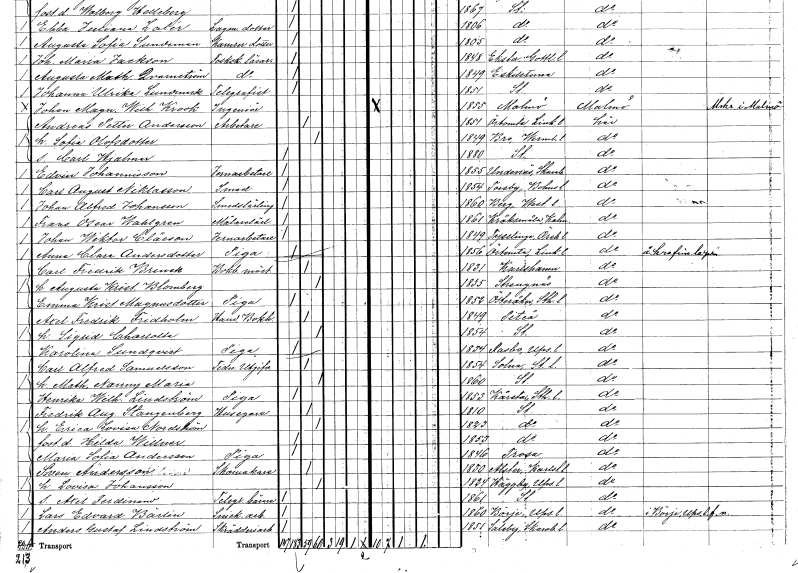
gt_parse: households: individuals: FN: Johan Alfred
EN: Johansson
YRKE: Smedslärling
KON: M
CIV: O
FODAR: 1860
FODFORS: Berg Västmanlands län
FN: Frans Oscar
EN: Wahlgren
YRKE: Målarelärling
KON: M
CIV: O
FODAR: 1861
FODFORS: Kråksmåla Kalmar län
FN: Johan Wiktor
EN: Cläeson
YRKE: Järnarbetare
KON: M
CIV: O
FODAR: 1849
FODFORS: Tysslinge Örebro län
FN: Anna Clara
EN: Andersdotter
YRKE: Piga
KON: K
CIV: O
FODAR: 1856
FODFORS: Örtomta Östergötlands län
FN: Carl Fredrik
EN: Brinck
YRKE: Bokbinderimästare
KON: M
CIV: G
FODAR: 1831
FODFORS: Karlshamn Blekinge län
FN: Augusta Kristina
EN: Blomberg
KON: K
CIV: G
FODAR: 1835
FODFORS: Strängnäs Södermanlands län
FN: Emma Kristina
EN: Magnusdotter
YRKE: Piga
KON: K
CIV: O
FODAR: 1852
FODFORS: Österåker Stockholms län
FN: Axel Fredrik
EN: Fridholm
YRKE: Handelsbokhållare
KON: M
CIV: G
FODAR: 1849
FODFORS: Piteå Norrbottens län
FN: Sigrid Charlotta
KON: K
CIV: G
FODAR: 1854
FODFORS: Stockholm
FN: Karolina
EN: Sundqvist
YRKE: Piga
KON: K
CIV: O
FODAR: 1834
FODFORS: Rasbo Uppsala län
FN: Carl Alfred
EN: Samuelsson
YRKE: Tidningsutgivare
KON: M
CIV: G
FODAR: 1854
FODFORS: Solna Stockholms län
FN: Mathilda Nanny Maria
KON: K
CIV: G
FODAR: 1860
FODFORS: Stockholm
FN: Henrika Wilhelmina
EN: Lindström
YRKE: Piga
KON: K
CIV: O
FODAR: 1853
FODFORS: Kårsta Stockholms län
FN: Fredrik August
EN: Stangenberg
YRKE: Husägare
KON: M
CIV: G
FODAR: 1810
FODFORS: Stockholm
FN: Erica Lovisa
EN: Nordström
KON: K
CIV: G
FODAR: 1823
FODFORS: Stockholm
FN: Hilda
EN: Willner
KON: K
CIV: O
FODAR: 1853
FODFORS: Stockholm
FN: Maria Sofia
EN: Andersson
YRKE: Piga
KON: K
CIV: O
FODAR: 1846
FODFORS: Trosa Södermanlands län
FN: Sven
EN: Andersson
YRKE: Skomakare
KON: M
CIV: G
FODAR: 1830
FODFORS: Alster Värmlands län
FN: Lovisa
EN: Johansson
KON: K
CIV: G
FODAR: 1824
FODFORS: Häggeby Uppsala län
FN: Axel Ferdinand
YRKE: Telegrambärare
KON: M
CIV: O
FODAR: 1861
FODFORS: Stockholm
FN: Lars Edvard
EN: Bärlin
YRKE: Snickeriarbetare
KON: M
CIV: O
FODAR: 1860
FODFORS: Börje Uppsala län
FN: Anders Gustaf
EN: Lindström
YRKE: Skrädderiarbetare
KON: M
CIV: O
FODAR: 1851
FODFORS: Saleby Skaraborgs län